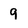
Character: 9